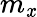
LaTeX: m_{\mathit{x}}